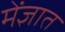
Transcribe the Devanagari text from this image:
मेंज्ञात